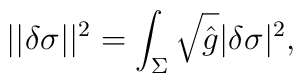
||\delta \sigma ||^2=\int_\Sigma \sqrt{\hat g}  |\delta \sigma|^2,